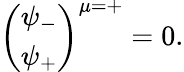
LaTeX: \left(\begin{array}{c}{{\psi_{-}}}\\ {{\psi_{+}}}\end{array}\right)^{\mu=+}=0.